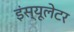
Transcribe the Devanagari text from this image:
इंस्यूलेटर